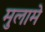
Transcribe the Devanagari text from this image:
मुलामे